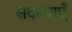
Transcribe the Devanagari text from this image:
सदस्याएँ